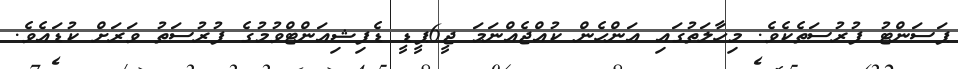
ޕަސަންޓު ފުރުސަތެކެވެ. މިހާލަތުގައި އަންހެން ކުއްޖެއްނަމަ ޖީ6ޕީޑީ ޑެފިޝިއަންޓްވުމުގެ ފުރުސަތު ވަރަށް ކުޑައެވެ.